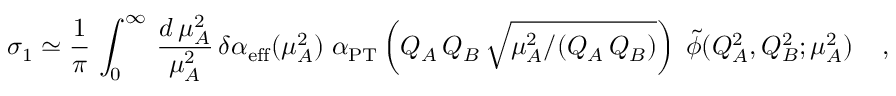
\sigma _ { 1 } \simeq { \frac { 1 } { \pi } } \, \int _ { 0 } ^ { \infty } \, { \frac { d \, \mu _ { A } ^ { 2 } } { \mu _ { A } ^ { 2 } } } \, \delta \alpha _ { \mathrm { { e f f } } } ( \mu _ { A } ^ { 2 } ) \; \alpha _ { \mathrm { { P T } } } \left( Q _ { A } \, Q _ { B } \, \sqrt { \mu _ { A } ^ { 2 } / ( Q _ { A } \, Q _ { B } ) } \right) \; { \widetilde \phi } ( Q _ { A } ^ { 2 } , Q _ { B } ^ { 2 } ; \mu _ { A } ^ { 2 } ) \; \; \; \; ,